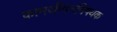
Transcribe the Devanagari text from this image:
कामजीवनविषयक